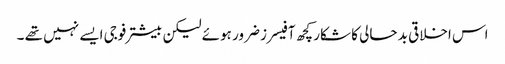
اس اخلاقی بد حالی کا شکار کچھ آفیسرز ضرور ہوئے لیکن بیشتر فوجی ایسے نہیں تھے ۔